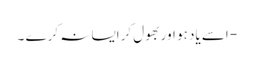
- اسے یاد ہو اوربھول کرایسا نہ کرے ۔